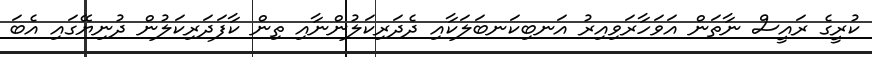
ކުރީގެ ރައީސް ނާތަން އަވަހާރަވިއިރު އަނބިކަނބަލަކާއި ދެދަރިކަލުންނާއި ތިން ކާފަދަރިކަލުން ދުނިޔޭގައި އެބަ